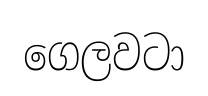
ගෙලවටා